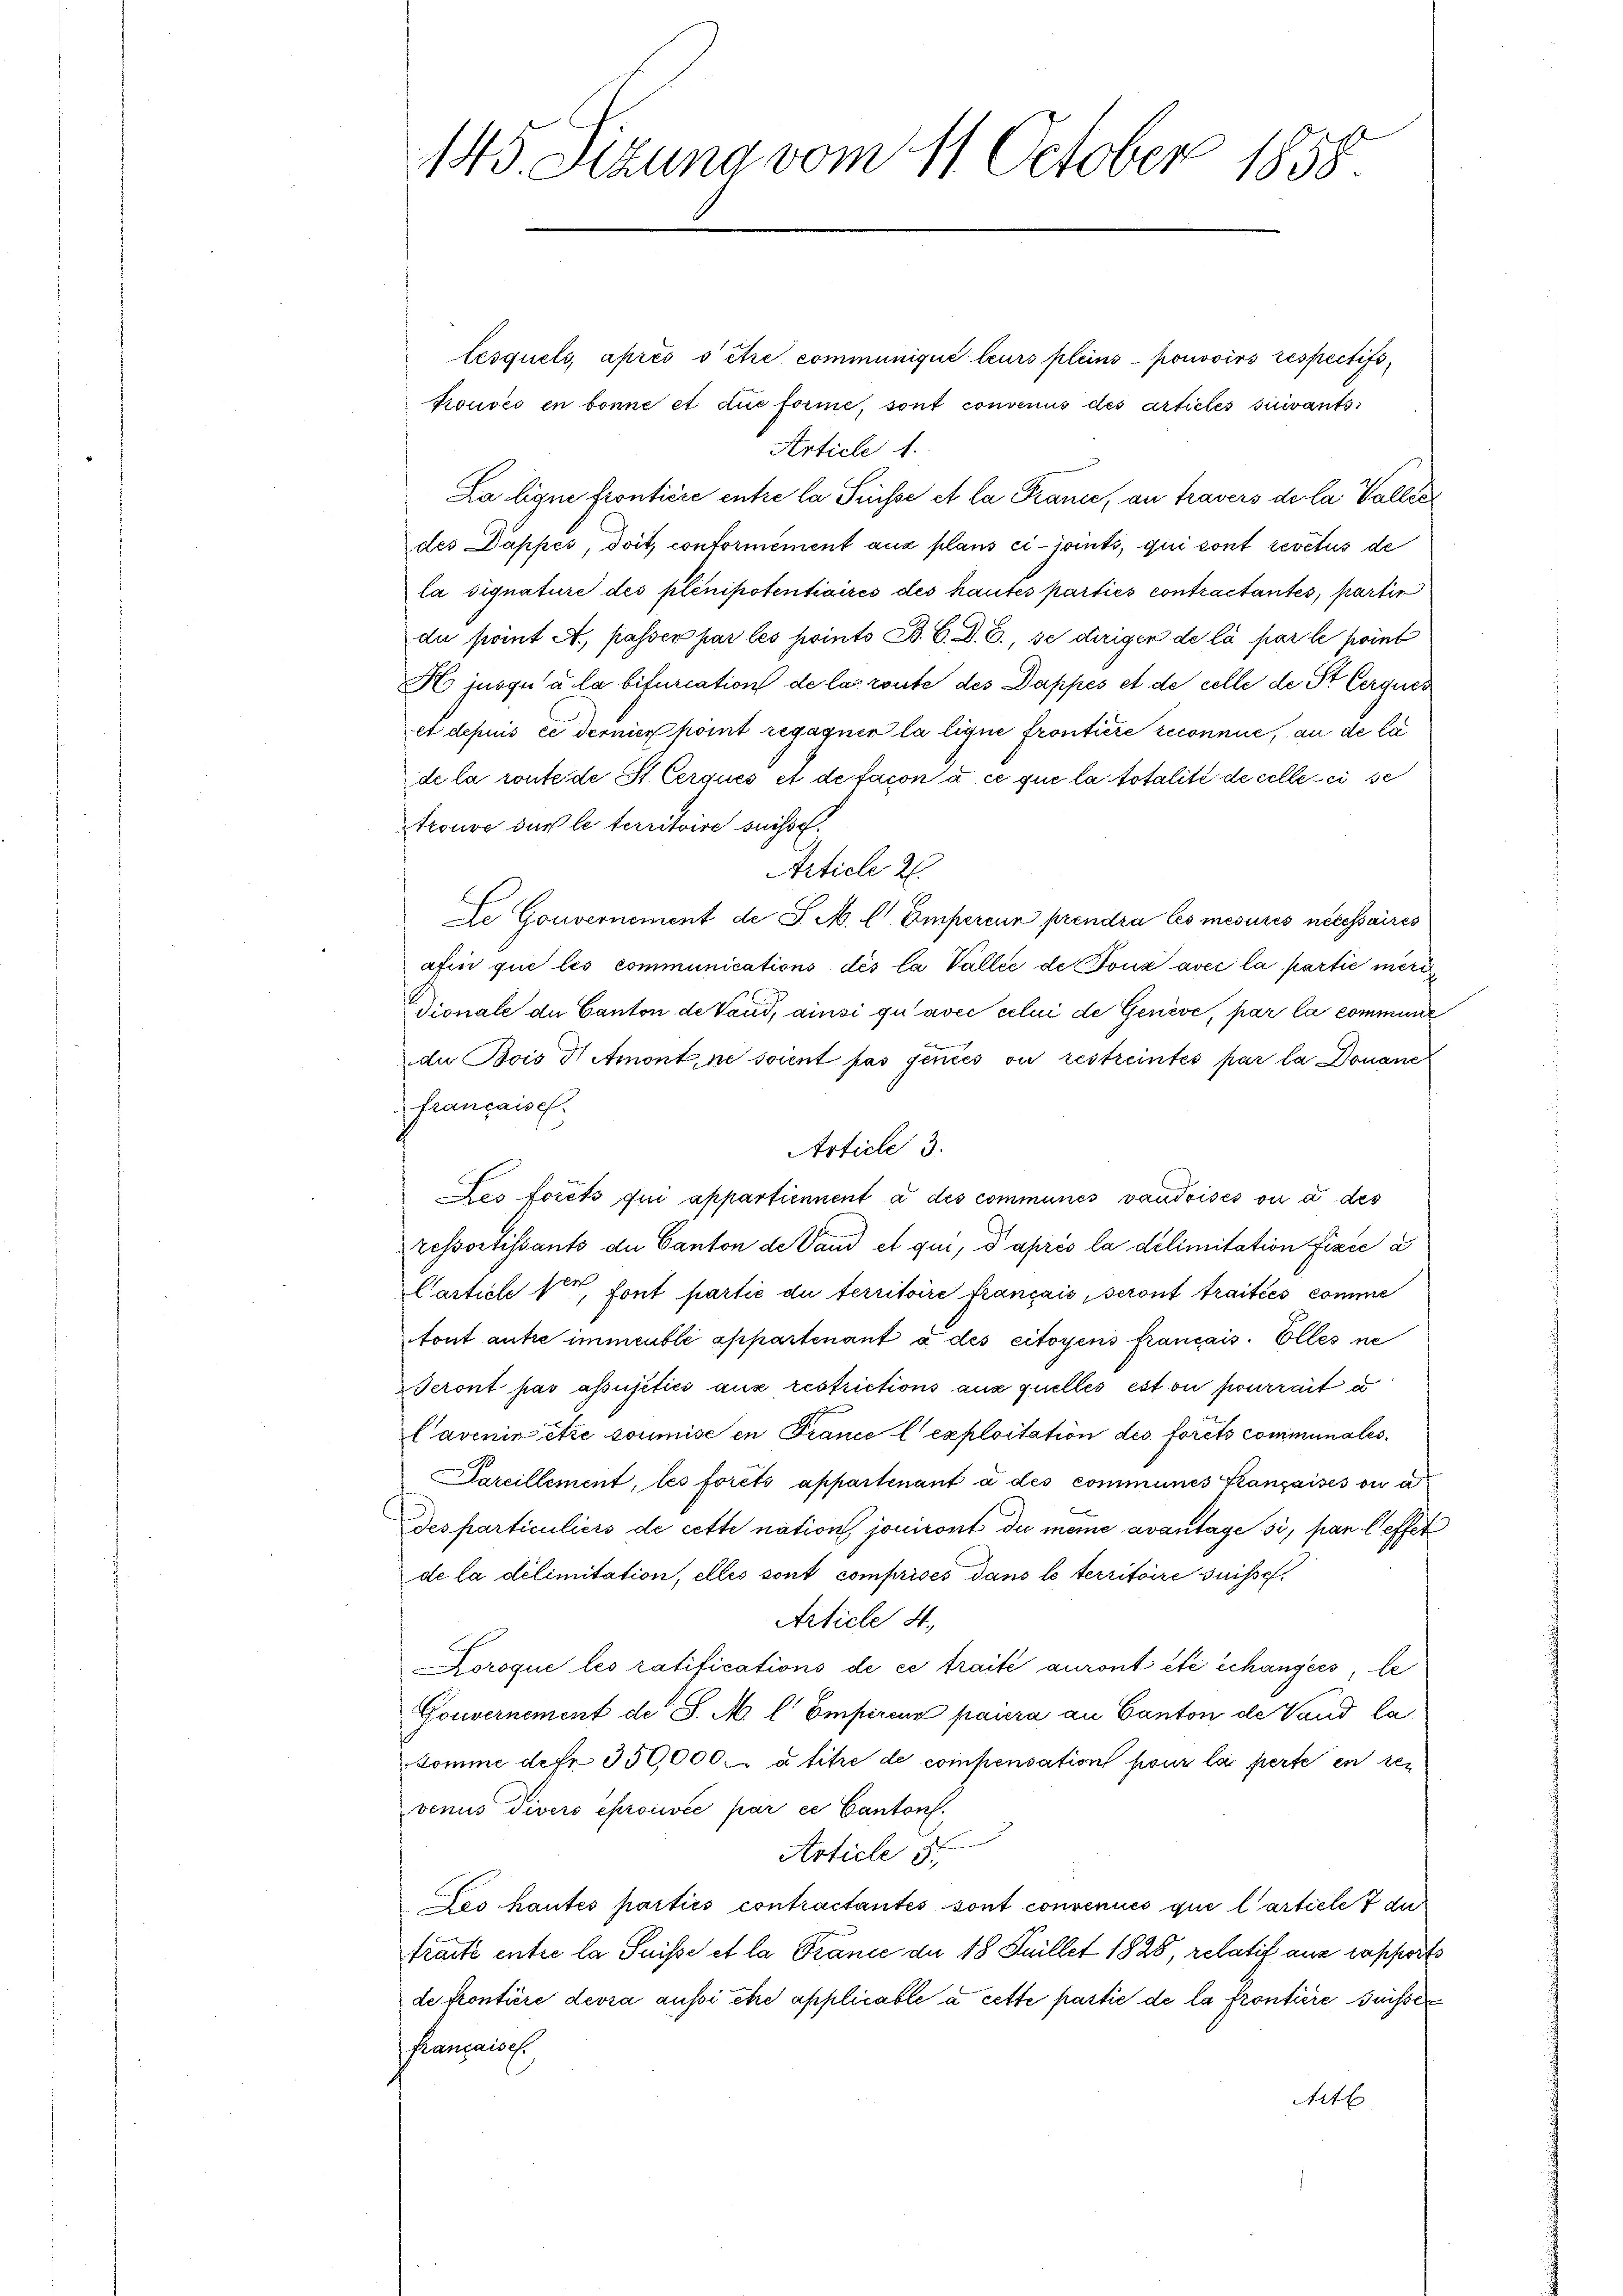
tesquels, après s être communique leurs pleins pouvoirs respectifs,
trouvés en bonne et die forme, sont convenus des articles suivants:
Article 1.
La ligne fronticie entre la Suisse et la France, an travers de la Valler
des Dappes, doit, conformément aus plans ci-joints, qui sont revetus de
la signature des plenipotentiaires des hautes parties contractantes, partir
du point A. passer par les points B. C. D. E., se dirigen de la par le point
H jusqu’ à la bifuriation de la route des Dappes et de celle de St. Cerques
et depuis ce dernier point regagner la lique frontiere reconnue, an de la
de la route de St. Cerqués et de facon à ce que la totalité de celle sei se
trouve der le territoire suisse.
Article 2.
Le Gouvernement de J. M. l. Emperein prendra les mesures nécessaires
afin que les communications des la Vallee de tous avec la partie mein
dionale de Canton de Vaud, ainsi qu’avec celui de Genève, par la commune
du Bois D Atmont, ne soient pas jencés ou restreintes par la Donaue
françaisch.
Article 3.
Des forêts qui appartiennent a des communes vaudoisés ou à des
ressortissants du Canton de Vand et qui, d après la delimitation fixée a
Carticle 1, font partie du territoire français, seront traitées comme
tont autre immeuble appartenant à des citoyens français. Elles ne
Seront pas assusitici aus restrictions aus quelles est ou pourrait a
Cavenir être soumise in France l’exploitation des forêts communales
Sareillement, les forets appartenant à des communes Sangaisés ou a
des particuliers de cette nation jouiront du meine avantage si, par l’effet
de la délimitation, elles sont comprises dans le territoire suisse
Article 4.
Koroque les ratifications de ce traité auront été échangers, le
Gouvernement de J. M. l Empireur paura an Canton de Vand la
komme defr. 350,000 à titre de compensation pour la perte en ten
venus Divers eprouvée par ce Cantons.
Article 3.
Les hautes parties contractantes sont convenues que l’article 7 du
tracte entre la Suisse et la France an 18 Juillet 1828, relatif aus rapport
de frontiere devra aussi être applicable à cette partie de la frontiere suisser
Franzaigt
etl

145. Sizung vom 11. October 1858.